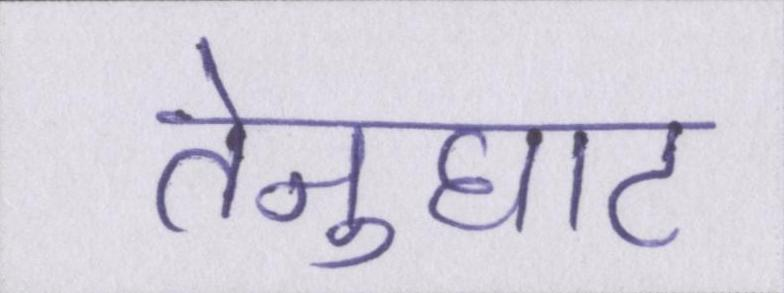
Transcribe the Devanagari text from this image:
तेनुघाट